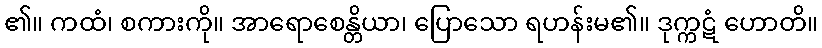
၏။ ကထံ၊ စကားကို။ အာရောစေန္တိယာ၊ ပြောသော ရဟန်းမ၏။ ဒုက္ကဋံ ဟောတိ။